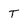
Character: T